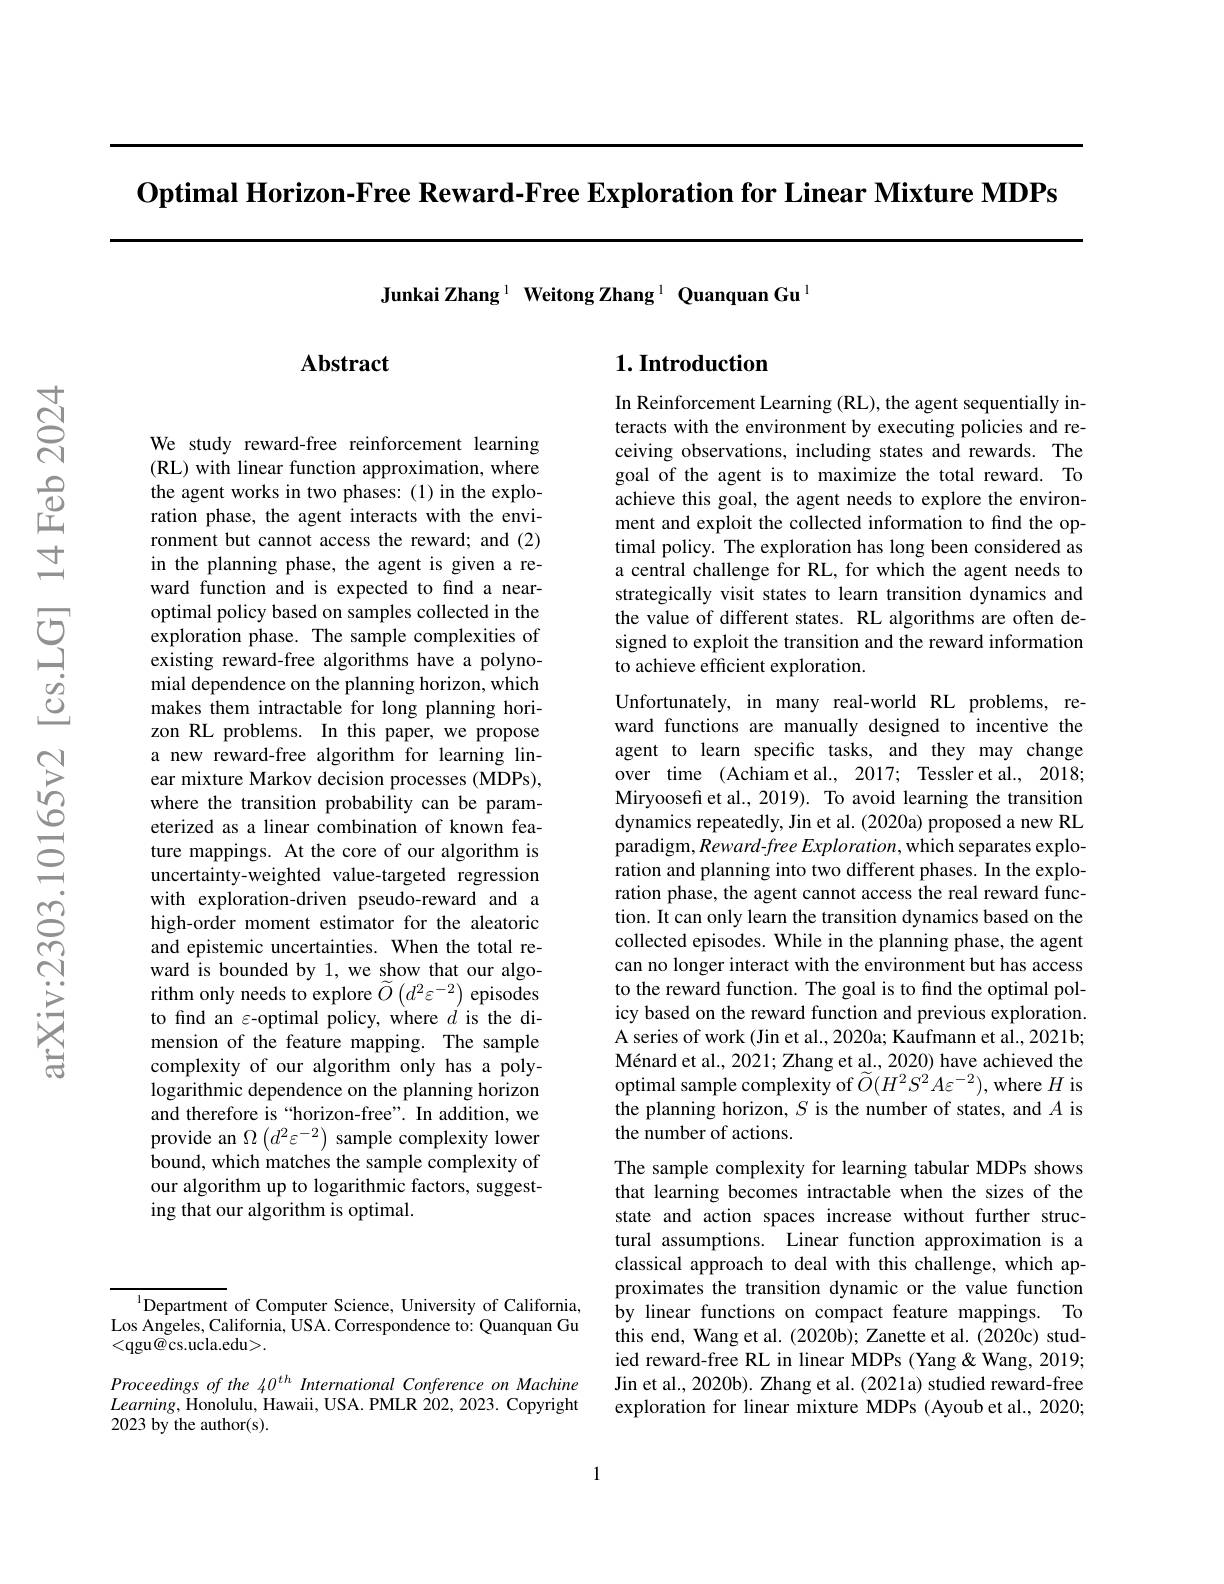
$\textbf{Optimal Horizon- Free Reward- Free Exploration for Linear Mixture MDPs}$

We study reward-free reinforcement learning (RL) with linear function approximation, where the agent works in two phases: (1)in the exploration phase, the agent interacts with the environment but cannot access the reward; and (2) in the planning phase, the agent is given a reward function and is expected to find a nearoptimal policy based on samples collected in the exploration phase. The sample complexities of existing reward-free algorithms have a polynomial dependence on the planning horizon, which makes them intractable for long planning horizon RL problems. In this paper, we propose a new reward-free algorithm for learning linear mixture Markov decision processes (MDPs), where the transition probability can be parameterized as a linear combination of known feature mappings. At the core of our algorithm is uncertainty-weighted value-targeted regression with exploration-driven pseudo-reward and a high-order moment estimator for the aleatoric and epistemic uncertainties. When the total reward is bounded by 1, we show that our algorithm only needs to explore $\widetilde{O}\left(d^2\varepsilon^{-2}\right)$ episodes to find an $\varepsilon$-optimal policy, where $d$ is the dimension of the feature mapping. The sample complexity of our algorithm only has a polylogarithmic dependence on the planning horizon and therefore is“horizon-free”. In addition, we provide an $\Omega\left(d^{2}\varepsilon^{-2}\right)$ sample complexity lower bound, which matches the sample complexity of our algorithm up to logarithmic factors, suggesting that our algorithm is optimal.

Junkai Zhang $^{\mathrm{l}}\textbf{ Weitong Zhang}^{\mathrm{l}}$ Quanquan Gu

## Abstract

## $1. \textbf{Introduction}$

Unfortunately, in many real-world RL problems, reward functions are manually designed to incentive the agent to learn specific tasks, and they may change over time (Achiam et al., 2017; Tessler et al., 2018; Miryoosefi et al., 2019). To avoid learning the transition dynamics repeatedly, Jin et al. (2020a) proposed a new RL paradigm, Reward-free Exploration, which separates exploration and planning into two different phases. In the exploration phase, the agent cannot access the real reward function. It can only learn the transition dynamics based on the collected episodes. While in the planning phase, the agent can no longer interact with the environment but has access to the reward function. The goal is to find the optimal policy based on the reward function and previous exploration. A series of work (Jin et al., 2020a; Kaufmann et al., 2021b; Ménard et al., 2021; Zhang et al., 2020) have achieved the optimal sample complexity of $\widetilde{O}(H^{2}S^{2}A\varepsilon^{-2})$, where $H$ is the planning horizon, $S$ is the number of states, and $A$ is the number of actions.
The sample complexity for learning tabular MDPs shows that learning becomes intractable when the sizes of the state and action spaces increase without further structural assumptions. Linear function approximation is a classical approach to deal with this challenge, which approximates the transition dynamic or the value function by linear functions on compact feature mappings. To this end, Wang et al. (2020b); Zanette et al. (2020c) studied reward-free RL in linear MDPs (Yang&Wang, 2019; Jin et al., 2020b). Zhang et al. (2021a) studied reward-free exploration for linear mixture MDPs (Ayoub et al., 2020;

In Reinforcement Learning (RL), the agent sequentially interacts with the environment by executing policies and receiving observations, including states and rewards. The goal of the agent is to maximize the total reward. To achieve this goal, the agent needs to explore the environment and exploit the collected information to find the optimal policy. The exploration has long been considered as a central challenge for RL, for which the agent needs to strategically visit states to learn transition dynamics and the value of different states. RL algorithms are often designed to exploit the transition and the reward information to achieve efficient exploration.

$^{1}$Department of Computer Science, University of California, $\dot{\mathrm{Los~Angeles,~California,~}}\dot{\mathrm{USA.~Correspondence~to:~Quanquan~Gu}}$ <qgu@cs.ucla.edu>.

Proceedings of the 40$^{th}$ International Conference on Machine $Learning$,Honolulu, Hawaii, USA. PMLR 202, 2023. Copyright 2023 by the author(s).

1